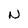
Character: N